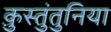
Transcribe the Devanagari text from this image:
क़ुस्तुंतुनिया